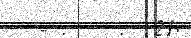
- :    :  21